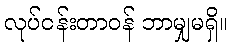
လုပ်ငန်းတာဝန် ဘာမျှမရှိ။